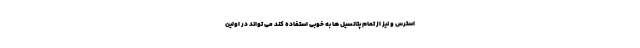
استرس و نیز از تمام پتانسیل ها به خوبی استفاده کند می تواند در اولین